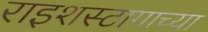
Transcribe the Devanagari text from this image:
राइशस्टागाच्या